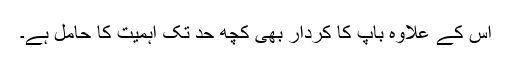
اس کے علاوہ باپ کا کردار بھی کچھ حد تک اہمیت کا حامل ہے۔